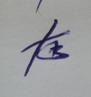
Signature authenticity: forged